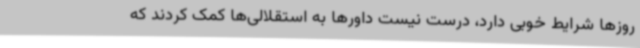
روزها شرایط خوبی دارد، درست نیست داورها به استقلالی‌ها کمک کردند که